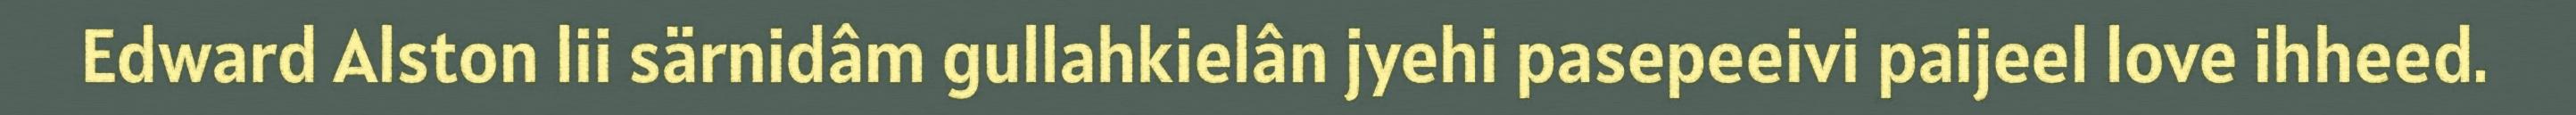
Edward Alston lii särnidâm gullahkielân jyehi pasepeeivi paijeel love ihheed.